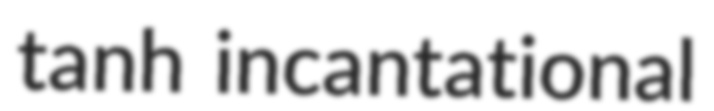
tanh incantational